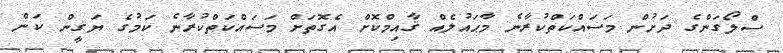
ސްލޯގަންގެ ދަށުން މަސައްކަތްކުރާނެ މާޙައުލެއް ޤާއިމްކޮށް އެގޮތަށް މަސައްކަތްކުރާނެ ކަމުގެ ޔަޤީން ކަން